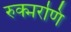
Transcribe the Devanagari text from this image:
रुक्मरणि